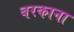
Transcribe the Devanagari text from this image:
बरकाना